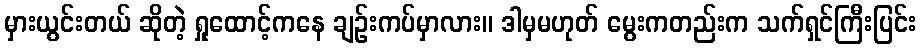
မှားယွင်းတယ် ဆိုတဲ့ ရှုထောင့်ကနေ ချဉ်းကပ်မှာလား။ ဒါမှမဟုတ် မွေးကတည်းက သက်ရှင်ကြီးပြင်း